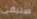
ستبقى